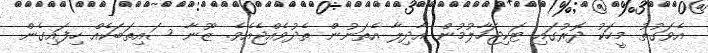
އެވަގުތު މީހަކު ދޮރުގައި ޓަކިޖަހާލުމުން އާދިލާ އެތަނުން ތެދުވެއްޖެއެވެ. ޒޫނާ ސައިތަބަކެއް ހިފައިގެން